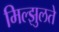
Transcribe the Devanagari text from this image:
मिल्झुलते